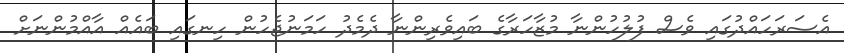
އެސަރަހައްދުގައި ވެސް ފުލުހުންނާ މުޒާހަރާގެ ބައިވެރިންނާ ދެމެދު ހަމަނުޖެހުން ހިނގައި ބައެއް އާއްމުންނަށް